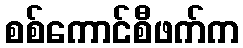
စစ်ကောင်စီဖက်က